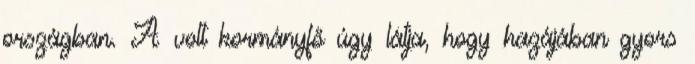
országban. A volt kormányfő úgy látja, hogy hazájában gyors